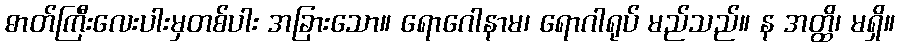
ဓာတ်ကြီးလေးပါးမှတစ်ပါး အခြားသော။ ရောဂေါနာမ၊ ရောဂါရုပ် မည်သည်။ န အတ္ထိ၊ မရှိ။